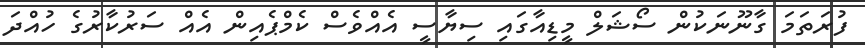
ފުރަތަމަ ގާނޫނަކުން ސޯޝަލް މީޑިއާގައި ސިޔާސީ އެއްވެސް ކެމްޕެއިން އެއް ސަރުކާރުގެ ހުއްދަ